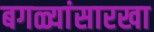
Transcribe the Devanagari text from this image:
बगळ्यांसारखा